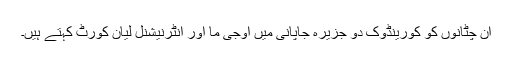
ان چٹانوں کو کورینڈوک دو جزیرہ جاپانی میں اوجی ما اور انٹرنیشنل لیان کورٹ کہتے ہیں۔